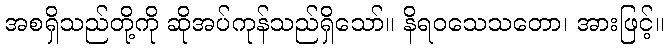
အစရှိသည်တို့ကို ဆိုအပ်ကုန်သည်ရှိသော်။ နိရဝသေသတော၊ အားဖြင့်။